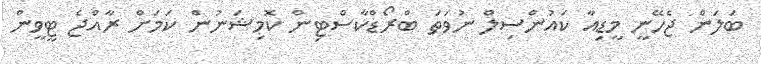
ބަލަން ޖެހޭނީ މީޑިއާ ކައުންސިލް ނުވަތަ ބްރޯޑްކާސްޓިން ކޮމިޝަނުން ކަމަށް ރާއްޖެ ޓީވީން